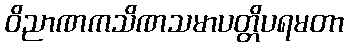
ဝိညာဏကသိဏသမာပတ္တိပရမတာ